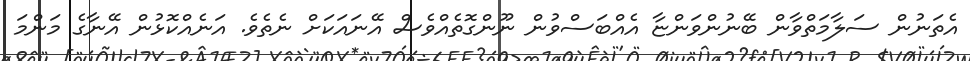
އެތަނުން ސަލާމަތްވާން ބޭނުންވަންޏާ އެއްބަސްވުން ނޫންގޮތެއްވެސް އޭނައަކަށް ނެތެވެ. އަނެއްކޮޅުން އޭނާގެ މަންމަ